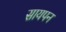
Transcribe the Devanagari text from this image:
सायपन